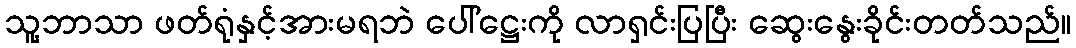
သူ့ဘာသာ ဖတ်ရုံနှင့်အားမရဘဲ ပေါ်ဋ္ဌေးကို လာရှင်းပြပြီး ဆွေးနွေးခိုင်းတတ်သည်။